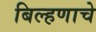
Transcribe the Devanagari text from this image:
बिल्हणाचे